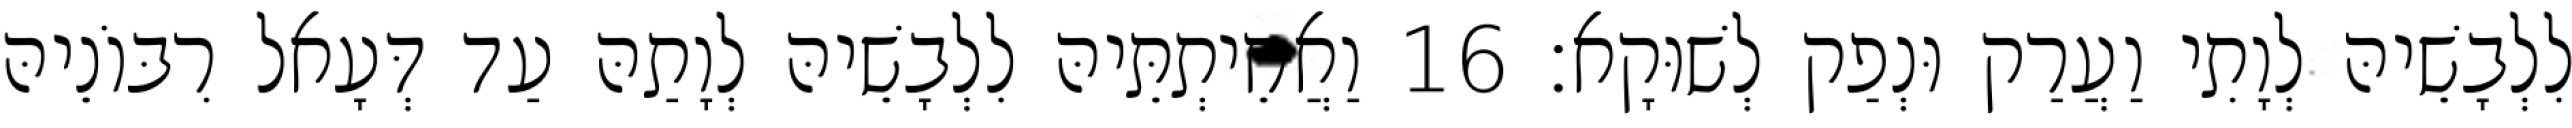
לִלְבָשֵׁיהּ לְוָתִי וַעֲרַק וּנְפַק לְשׁוּקָא׃ 16 וַאֲחֵיתְתֵּיהּ לִלְבָשֵׁיהּ לְוָתַהּ עַד דְּעָאל רִבּוֹנֵיהּ